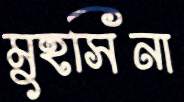
মুহসিনা